Eesti_Peakonsulaat_New_Yorgis, lk 123
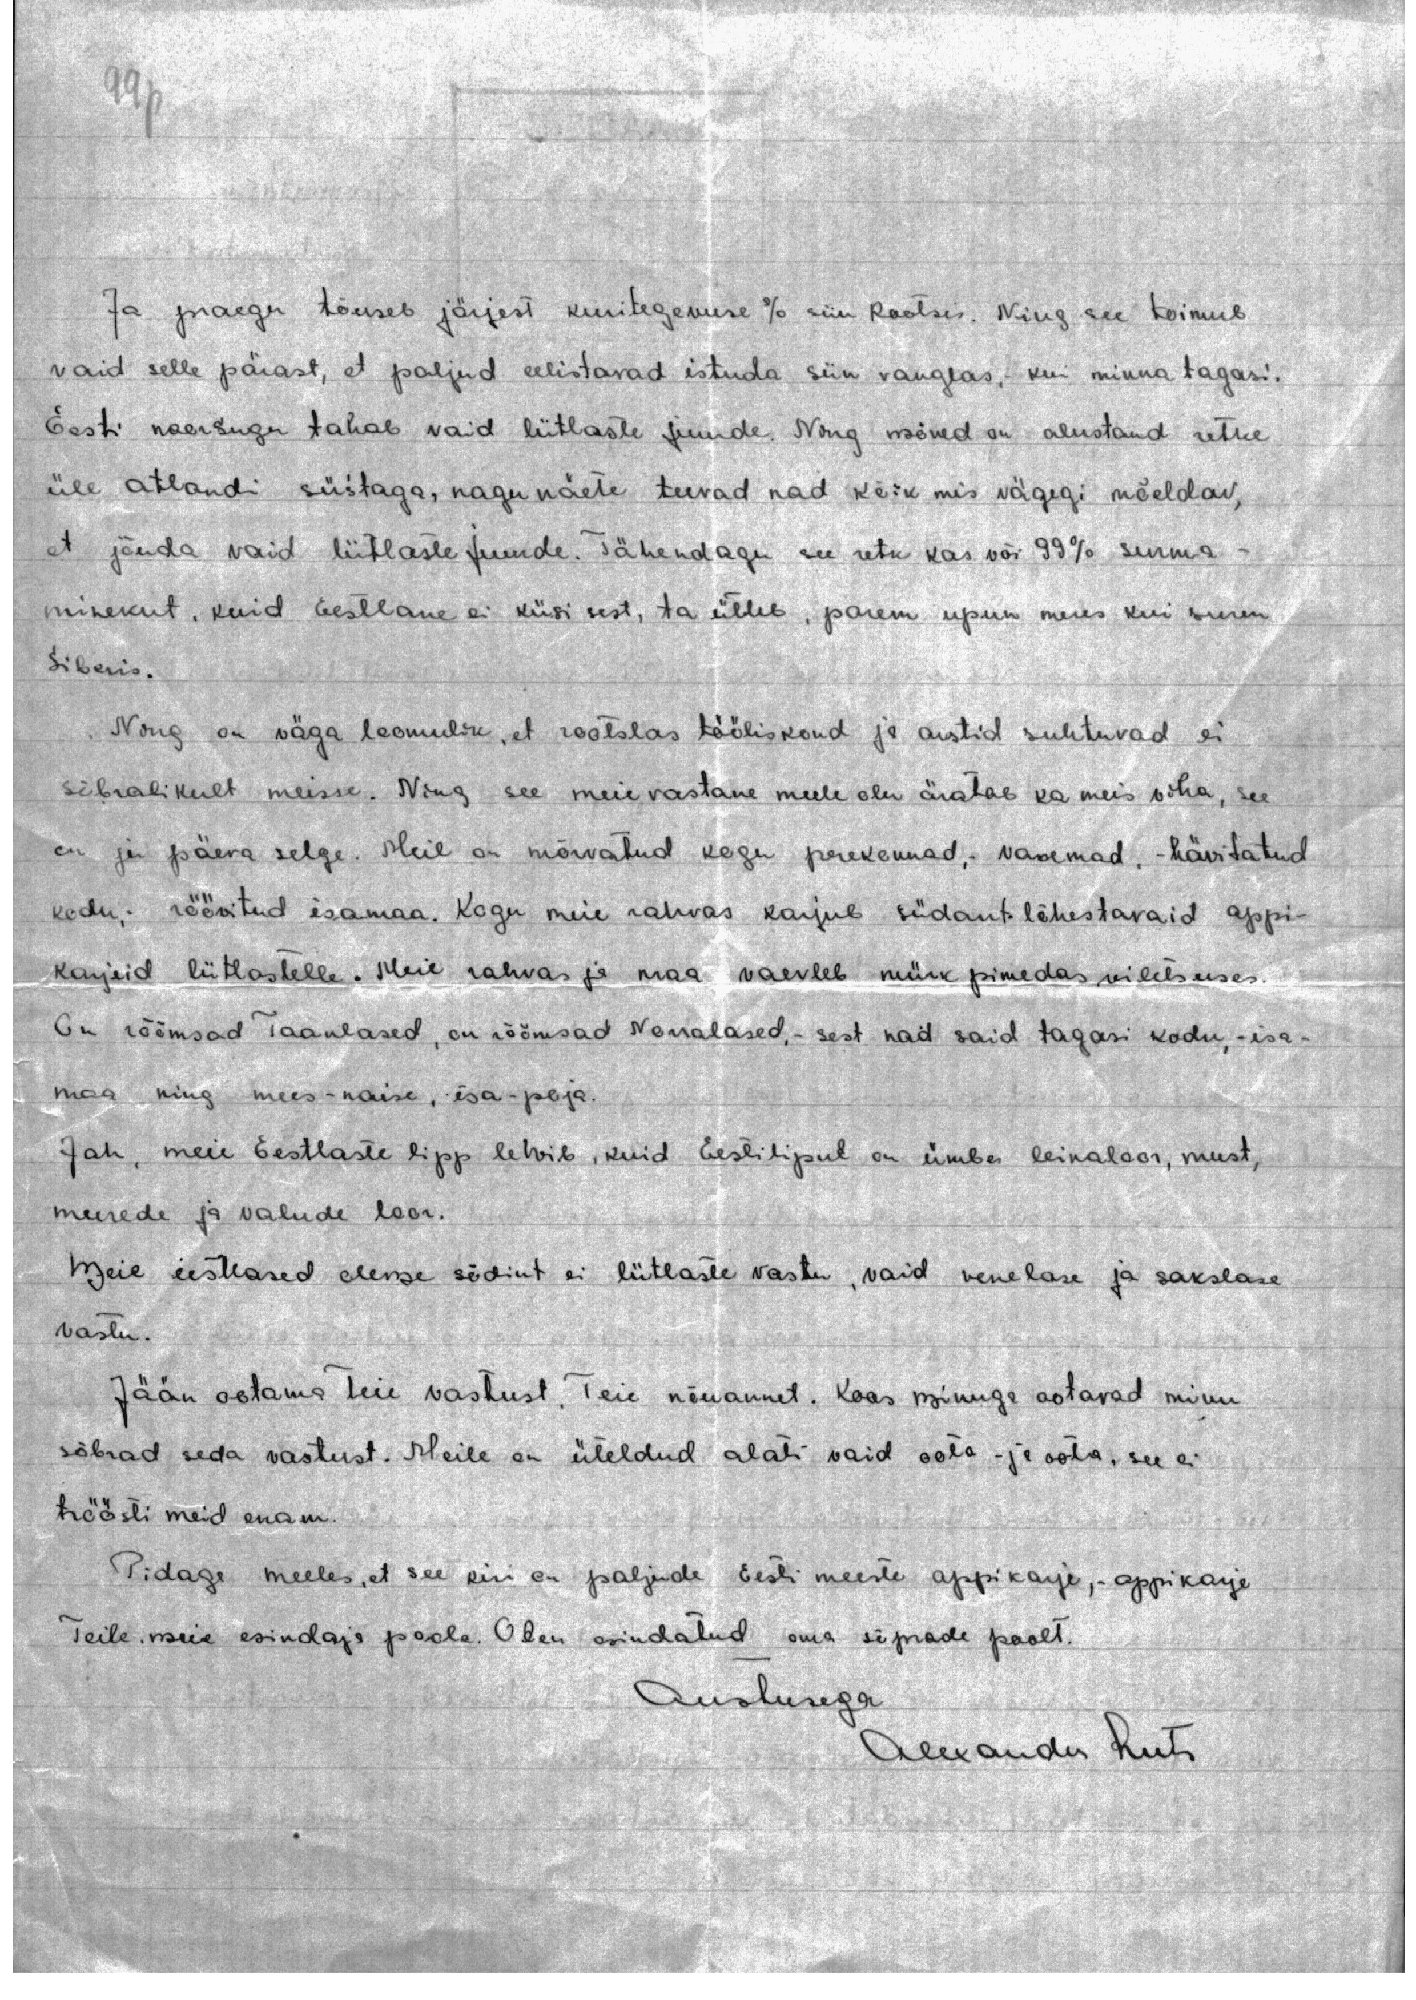
99p

Ja praegu tõuseb järjest kuritegevuse % siin Rootsis. Ning see toimub
vaid selle pärast, et paljud eelistavad istuda siin vanglas, kui minna tagasi.
Eesti noorsugu tahab vaid liitlaste juurde. Ning mõned on alustand retke
üle Atlandi süstaga, nagu näete teevad nad kõik mis vägegi mõeldav,
et jõuda vaid liitlaste juurde. Tähendagu see retk kas või 99% surma-
minekut, kuid Eestlane ei küsi sest, ta ütleb, parem upun meres kui suren
Siberis.
Ning on väga loomulik, et rootslas tööliskond ja arstid suhtuvad ei
sõbralikult meisse. Ning see meie vastane meele olu äratab ka meis viha, see
on ju päeva selge. Meil on mõrvatud kogu perekonnad, vanemad, - hävitatud
kodu, röövitud isamaa. Kogu meie rahvas karjub südant lõhestavaid appi-
karjeid liitlastelle. Meie rahvas ja maa vaevleb mürk pimedas viletsuses.
On rõõmsad Taanlased, on rõõmsad Norralased, - sest nad said tagasi kodu, - isa-
maa ning mees-naise, isa-poja.
Jah, meie Eestlaste lipp lehvib, kuid Eesti lipul on ümber leinaloor, must,
murede ja valude loor.
Meie eestlased oleme sõdint ei liitlaste vastu, vaid venelase ja sakslase
vastu.
Jään ootama teie vastust. Teie nõuannet. Koos minuga ootavad minu
sõbrad seda vastust. Meile on üteldud alati vaid oota - ja oota, see ei
tröösti meid enam.
Pidage meeles, et see kiri on paljude Eesti meeste appikarje, - appikarje
Teile meie esindaja poole. Olen esindatud oma sõprade poolt.
Austusega
Alexander Leets